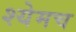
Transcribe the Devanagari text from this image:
श्येमच